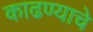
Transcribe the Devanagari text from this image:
काढण्‍याचे